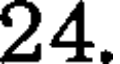
24.